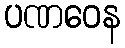
ပဏဝေန